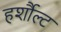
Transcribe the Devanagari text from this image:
हर्शौल्ट